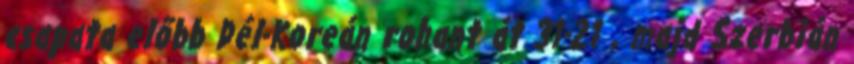
csapata előbb Dél-Koreán rohant át 31-21 , majd Szerbián